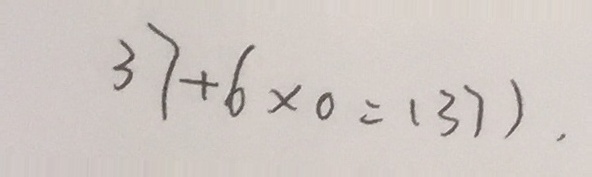
3 7 + 6 \times 0 = ( 3 7 ) .